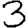
Digit: 3